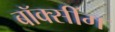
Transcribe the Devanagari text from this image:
बॉक्सींग